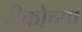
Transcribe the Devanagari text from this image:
रीकोच्या